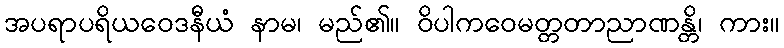
အပရာပရိယဝေဒနီယံ နာမ၊ မည်၏။ ဝိပါကဝေမတ္တတာညာဏန္တိ၊ ကား။